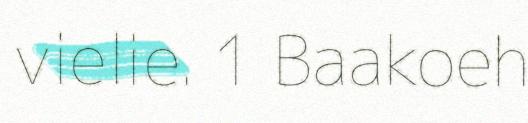
vielie. 1 Baakoeh